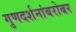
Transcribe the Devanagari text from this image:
गुणदर्शनांबरोबर